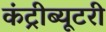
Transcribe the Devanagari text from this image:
कंट्रीब्यूटरी